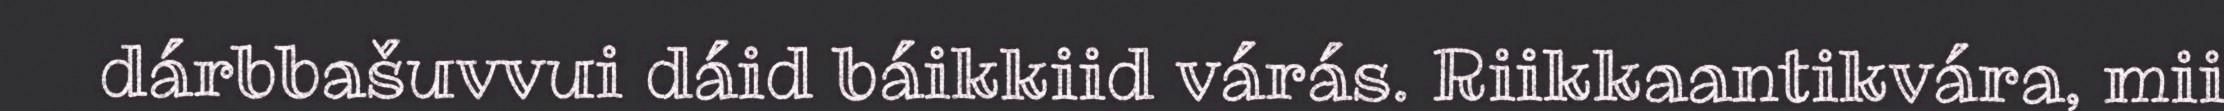
dárbbašuvvui dáid báikkiid várás. Riikkaantikvára, mii